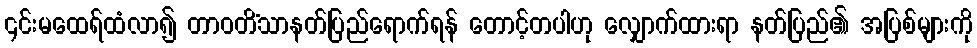
၎င်းမထေရ်ထံလာ၍ တာဝတိံသာနတ်ပြည်ရောက်ရန် တောင့်တပါဟု လျှောက်ထားရာ နတ်ပြည်၏ အပြစ်များကို